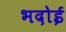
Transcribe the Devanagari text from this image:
भदोई